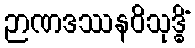
ဉာဏဒဿနဝိသုဒ္ဓိံ